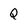
Character: Q